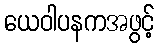
ယေဝါပနကအဖွင့်